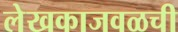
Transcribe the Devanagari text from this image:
लेखकाजवळची